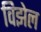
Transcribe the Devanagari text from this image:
विझेल